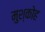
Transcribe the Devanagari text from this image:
मुश्कोह